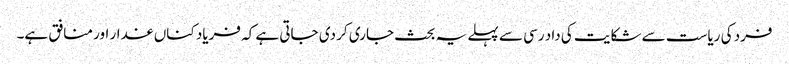
فرد کی ریاست سے شکایت کی داد رسی سے پہلے یہ بحث جاری کر دی جاتی ہے کہ فریاد کناں غدار اور منافق ہے۔